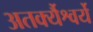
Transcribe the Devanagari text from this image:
अतर्क्यैश्वर्ये